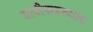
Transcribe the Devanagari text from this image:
डावीकडच्याच